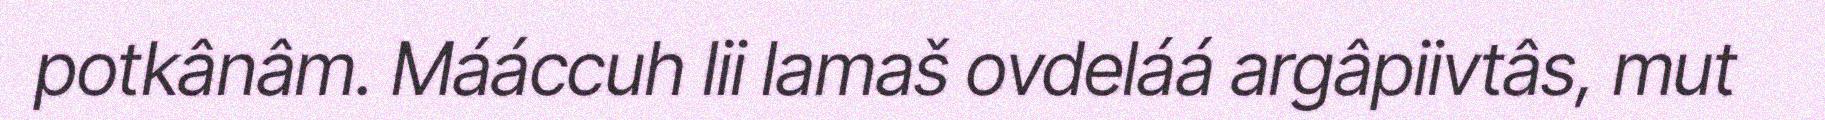
potkânâm. Mááccuh lii lamaš ovdeláá argâpiivtâs, mut